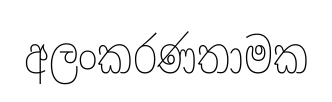
අලංකරණතාමක